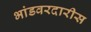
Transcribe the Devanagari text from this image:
भांडवरदारीस